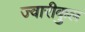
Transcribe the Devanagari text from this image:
ज्वारीकुल